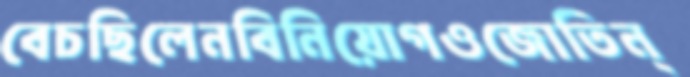
বেচছিলেনবিনিয়োগওজোতিন্